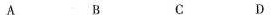
A B C D